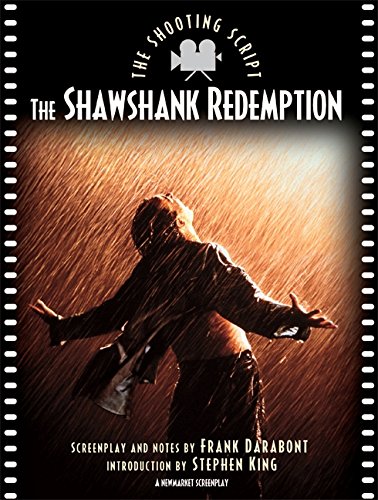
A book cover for Shawshank Redemption: The Shooting Script; Frank Darabont; Humor & Entertainment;